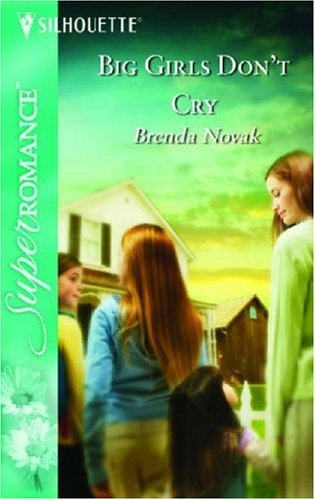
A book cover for Big Girls Don't Cry; Brenda Novak; Literature & Fiction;